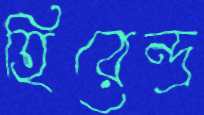
হিরেন্দ্র